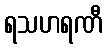
ရသဟရဏီ